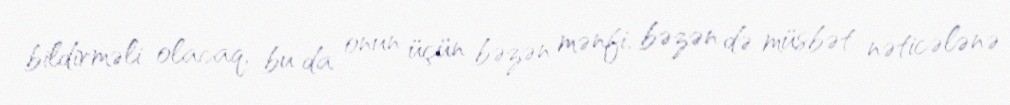
bildirməli olacaq, bu da onun üçün bəzən mənfi, bəzən də müsbət nəticələnə